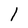
Character: 1